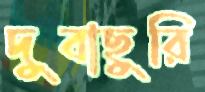
দুবাছুরি